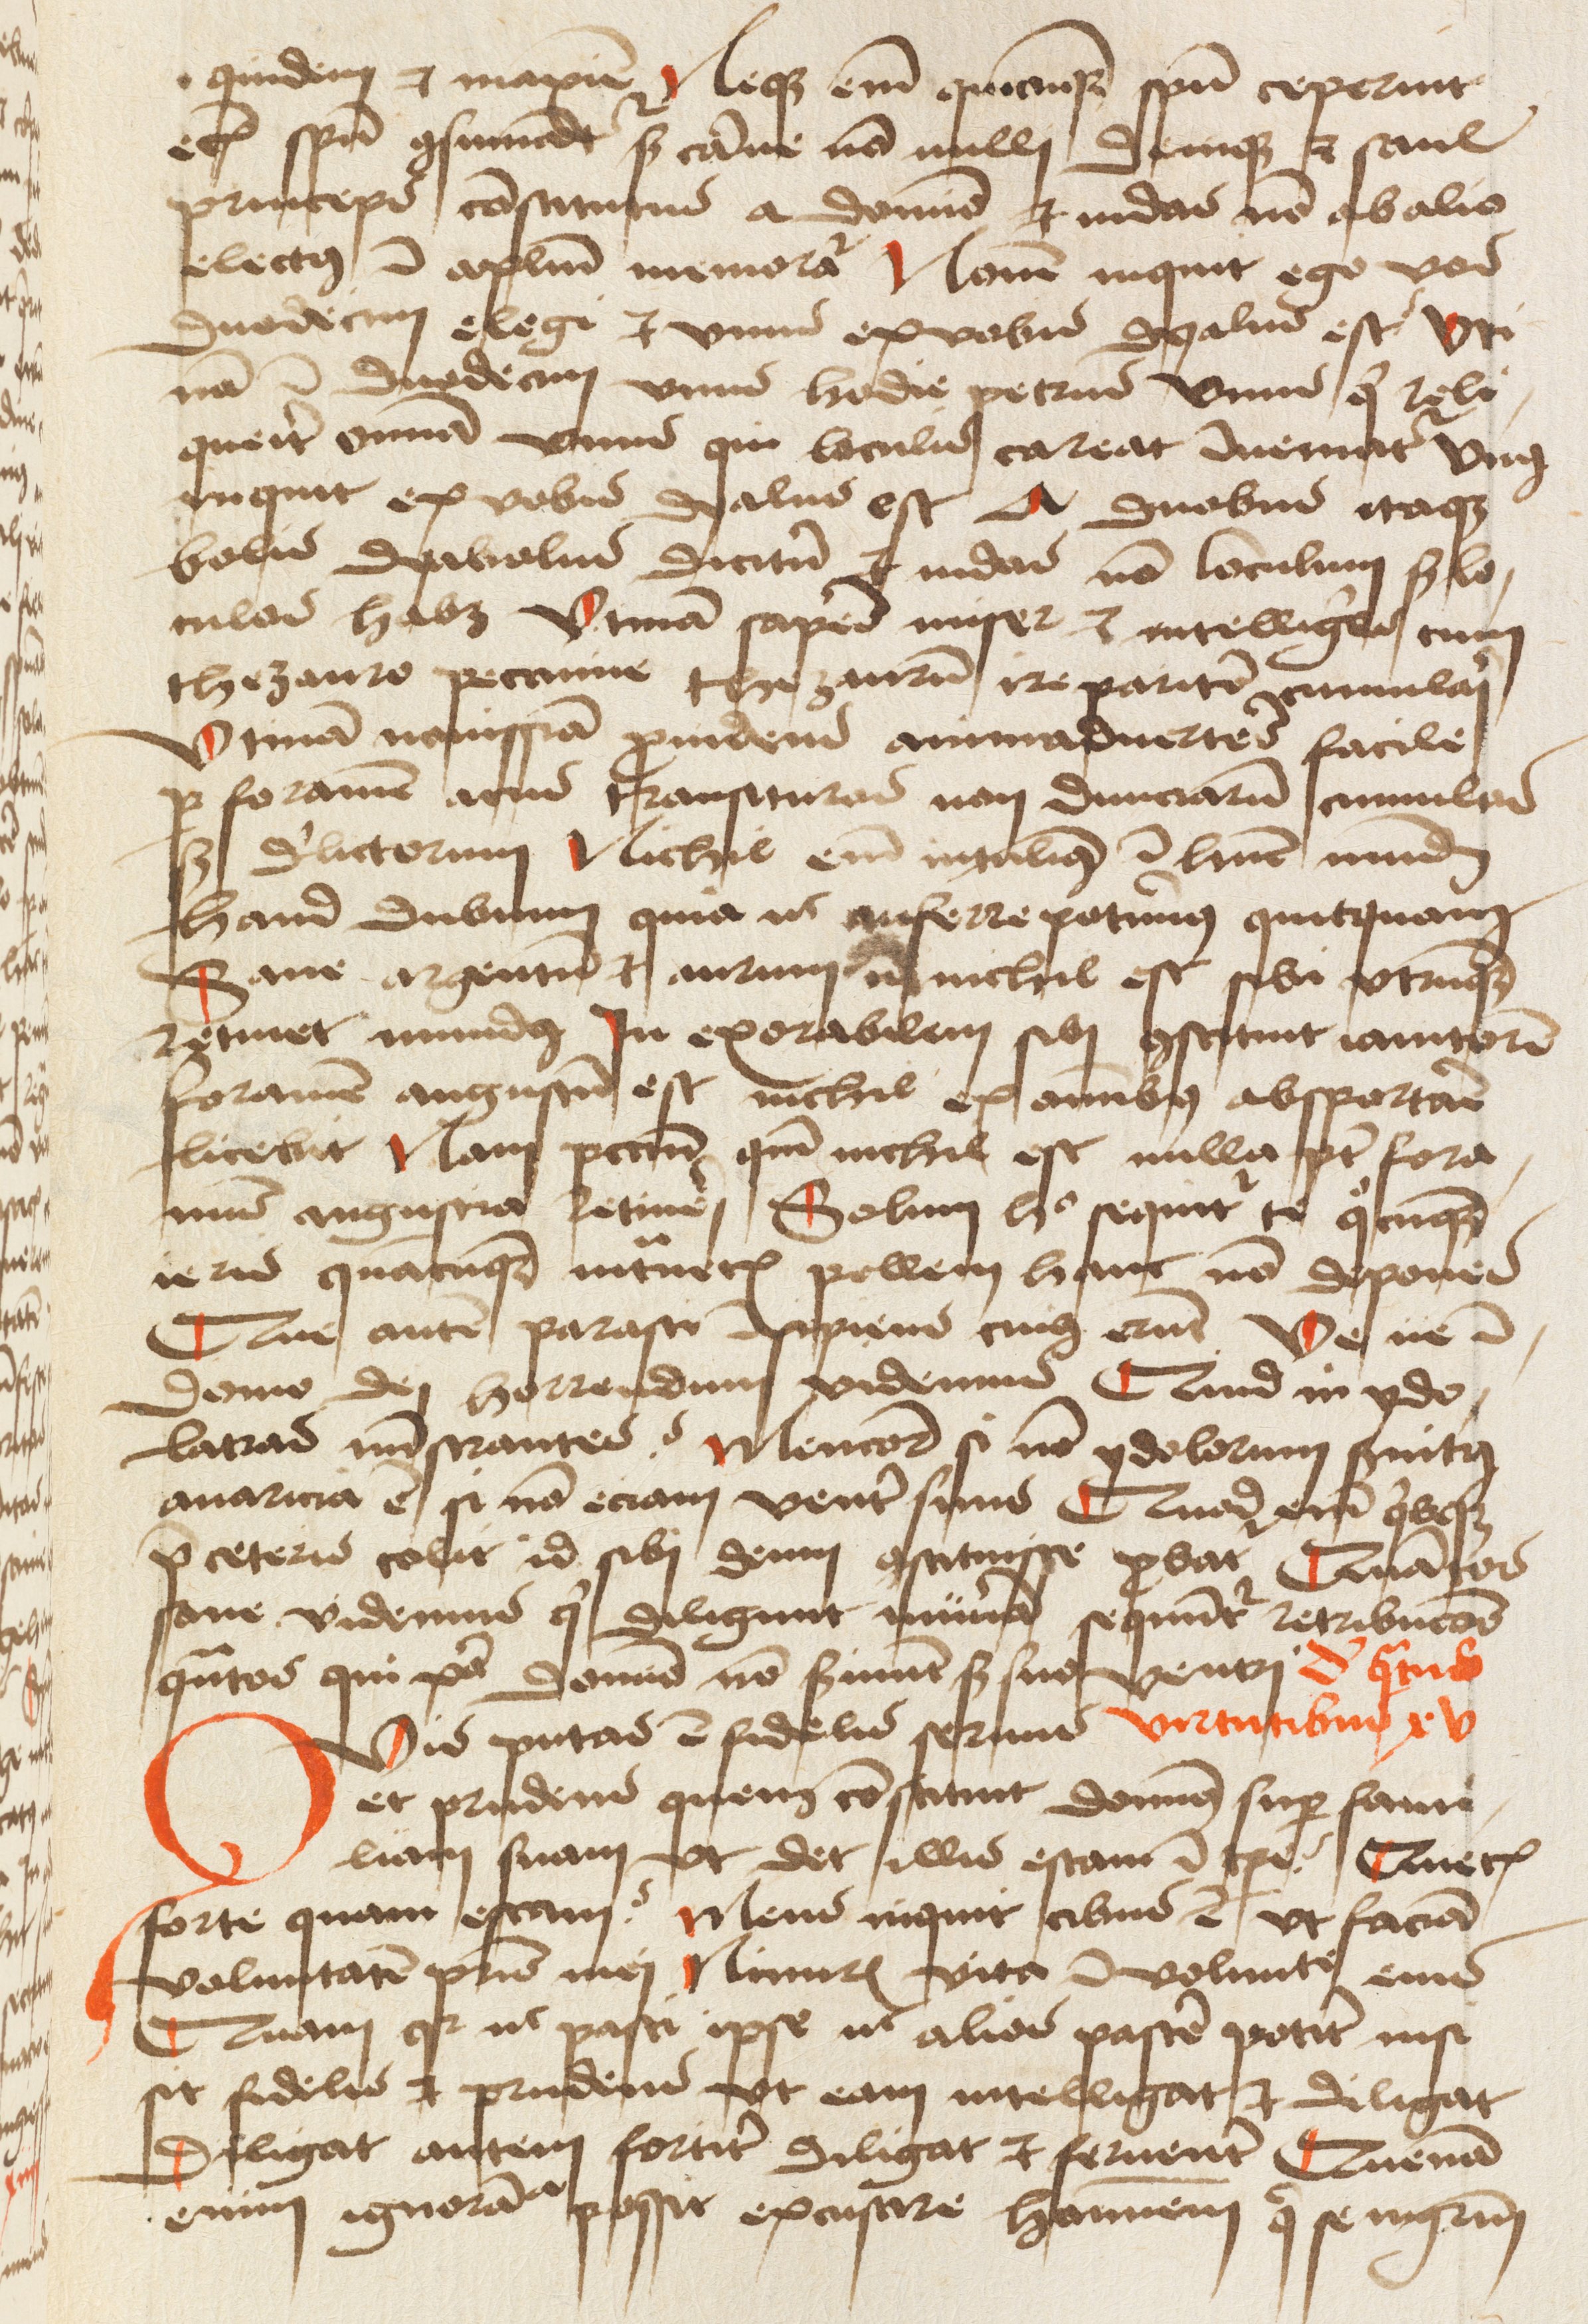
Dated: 1475–1499